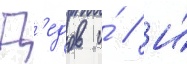
Д'едов и́ // И́